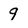
Character: 9